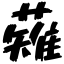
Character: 薙